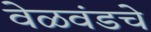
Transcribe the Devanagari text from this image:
वेळवंडचे